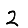
Digit: 2